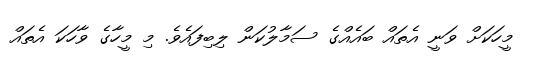
މީހަކަށް ވަނީ އެތައް ބައެއްގެ ސަމާލުކަން ލިބިފައެވެ. މި މީހާގެ ވާހަކަ އެތައް